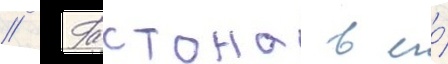
// Гастона в его́